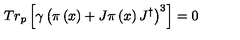
T r _ { p } \left[ \gamma \left( \pi \left( x \right) + J \pi \left( x \right) J ^ { \dagger } \right) ^ { 3 } \right] = 0